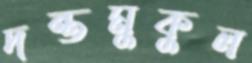
দন্তমুকুল